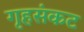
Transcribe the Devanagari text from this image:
गृहसंकट